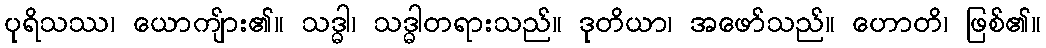
ပုရိသဿ၊ ယောကျ်ား၏။ သဒ္ဓါ၊ သဒ္ဓါတရားသည်။ ဒုတိယာ၊ အဖော်သည်။ ဟောတိ၊ ဖြစ်၏။